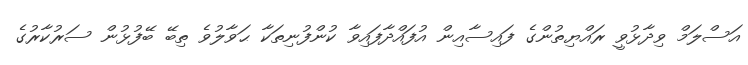
އަސްލަމް ވިދާޅުވީ ރައްޔިތުންގެ ފައިސާއިން އުފައްދާފައިވާ ކުންފުނިތަކާ ޙަވާލުވެ ތިބޭ ބޭފުޅުން ސަރުކާރުގެ